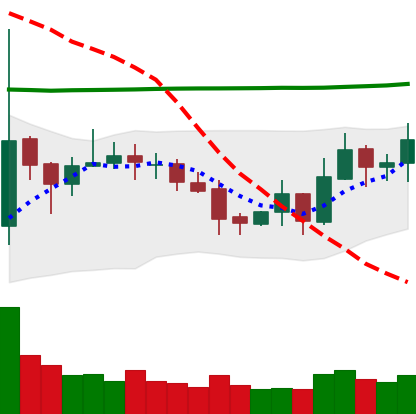
Ticker: EOS-USD
Chart end date: 2020-10-25
Forward return: -7.011%
Label: down_7plus